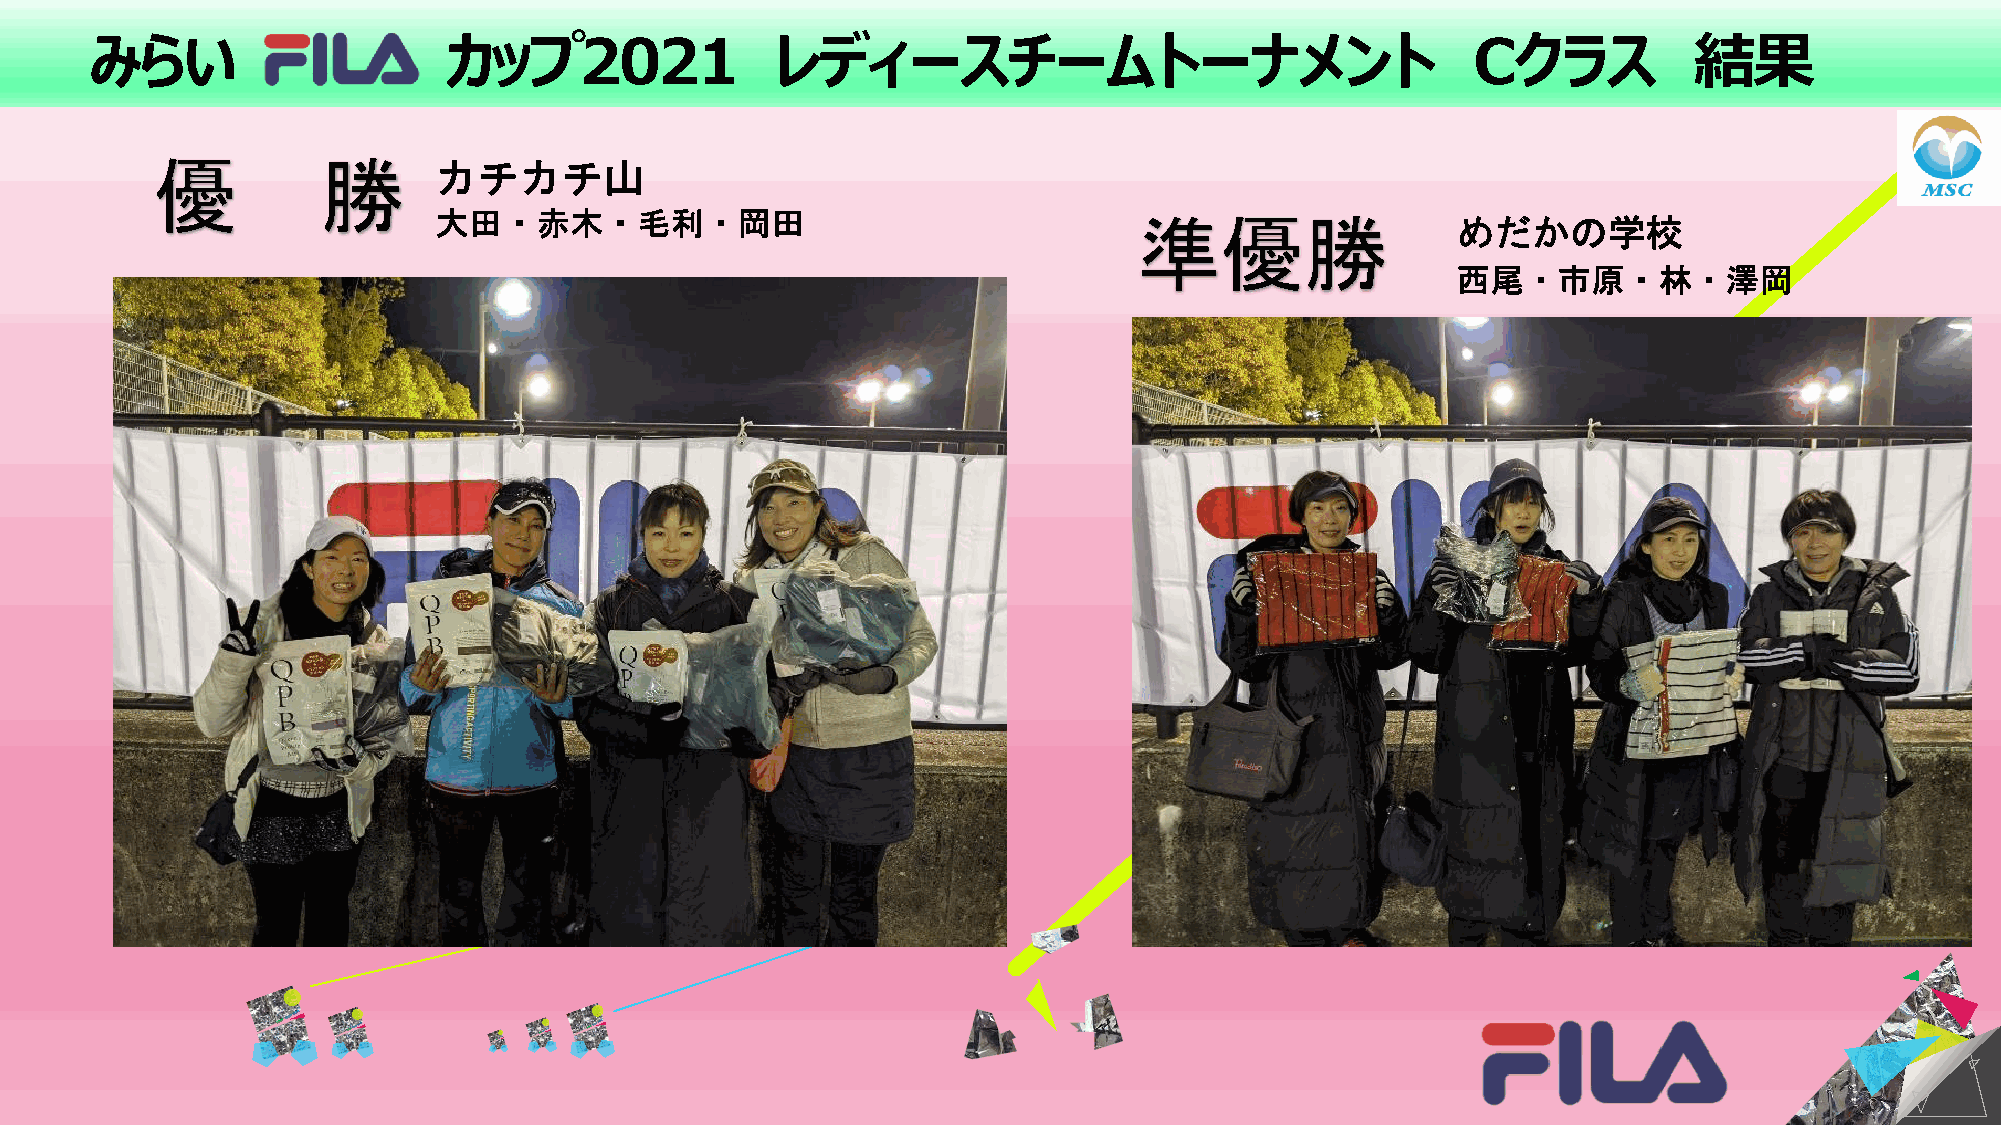
みらい                    カップ2021               レディースチームトーナメント                                 Cクラス          結果
 優          勝       カチカチ山
 大田・赤木・毛利・岡田                                   準優勝                  めだかの学校
 西尾・市原・林・澤岡